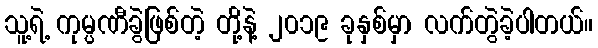
သူ့ရဲ့ ကုမ္ပဏီခွဲဖြစ်တဲ့ တို့နဲ့ ၂၀၁၉ ခုနှစ်မှာ လက်တွဲခဲ့ပါတယ်။